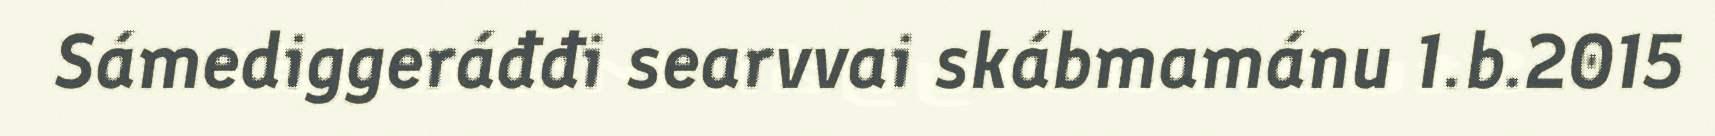
Sámediggeráđđi searvvai skábmamánu 1.b.2015